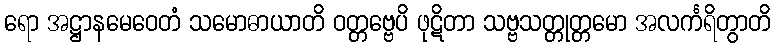
ရော အဋ္ဌာနမေဝေတံ သမောဓာယာတိ ဝတ္တဗ္ဗေပိ ဖုဋိတာ သဗ္ဗသတ္တုတ္တမော အလင်္ကရိတွာတိ